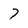
Character: 7